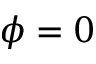
\phi = 0